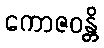
ကောဇဝန္တိ